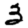
Digit: 3